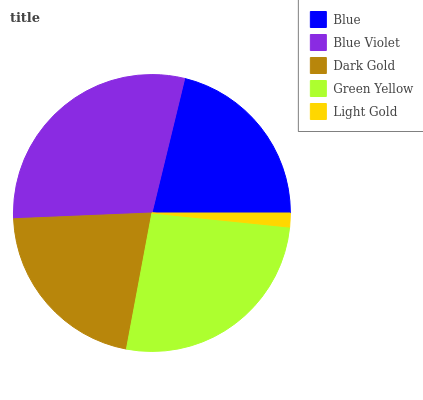
| Blue | Blue Violet | Dark Gold | Green Yellow | Light Gold |
 | --- | --- | --- | --- | --- |
 | 21.2% | 29.5% | 21.4% | 26.3% | 1.63% |